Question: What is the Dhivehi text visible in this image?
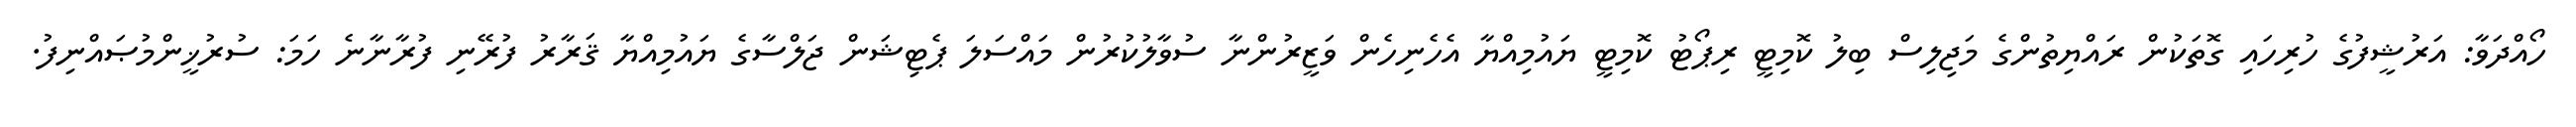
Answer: ހޯއްދަވާ: އަރުޝީފުގެ ހުރިހައި ގޮތަކުން ރައްޔިތުންގެ މަޖިލިސް ބިލު ކޮމިޓީ ރިޕޯޓު ކޮމިޓީ ޔައުމިއްޔާ އެހެނިހެން ވަޒީރުންނާ ސުވާލުކުރުން މައްސަލަ ޕެޓިޝަން ޖަލްސާގެ ޔައުމިއްޔާ ޤަރާރު ފުރޭނި ފުރާނާނެ ހަމަ: ސުރުޚީންމުޞައްނިފު.